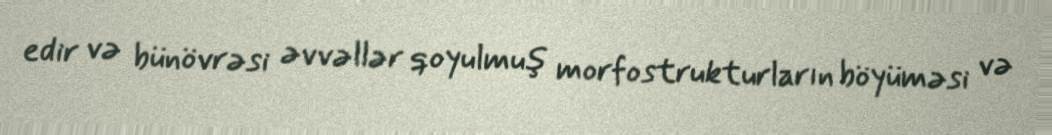
edir və bünövrəsi əvvəllər qoyulmuş morfostrukturların böyüməsi və